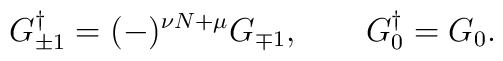
G_{\pm1}^\dagger= (-)^{\nu N + \mu} G_{\mp1}, \quad\quad G_0^\dagger = G_0.